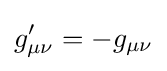
g'_{\mu \nu }=-g_{\mu \nu }